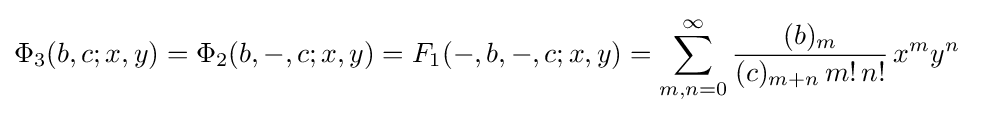
\Phi _{3}(b,c;x,y)=\Phi _{2}(b,-,c;x,y)=F_{1}(-,b,-,c;x,y)=\sum _{m,n=0}^{\infty }{\frac {(b)_{m}}{(c)_{m+n}\,m!\,n!}}\,x^{m}y^{n}~